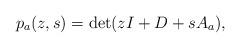
LaTeX: \begin{align*}p_a(z,s) =\det (zI+D+sA_a),\end{align*}